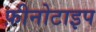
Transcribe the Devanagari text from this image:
फ़ीनोटाइप